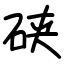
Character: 硖